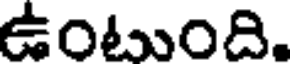
ఉంటుంది.